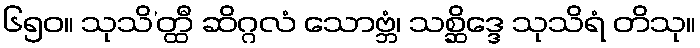
၆၅၀။ သုသိ’တ္ထီ ဆိဂ္ဂလံ သောဗ္ဘံ၊ သစ္ဆိဒ္ဒေ သုသိရံ တိသု။